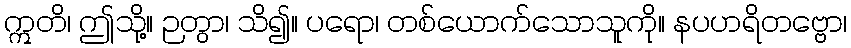
ဣတိ၊ ဤသို့။ ဉတွာ၊ သိ၍။ ပရော၊ တစ်ယောက်သောသူကို။ နပဟရိတဗ္ဗော၊